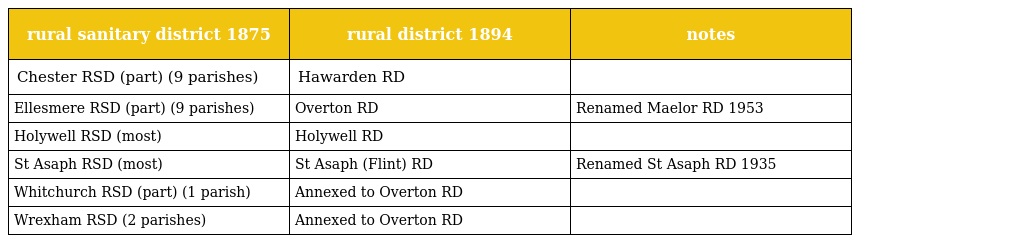
| rural sanitary district 1875 | rural district 1894 | notes |
 | --- | --- | --- |
 | Chester RSD (part) (9 parishes) | Hawarden RD |  |
 | Ellesmere RSD (part) (9 parishes) | Overton RD | Renamed Maelor RD 1953 |
 | Holywell RSD (most) | Holywell RD |  |
 | St Asaph RSD (most) | St Asaph (Flint) RD | Renamed St Asaph RD 1935 |
 | Whitchurch RSD (part) (1 parish) | Annexed to Overton RD |  |
 | Wrexham RSD (2 parishes) | Annexed to Overton RD |  |